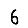
Digit: 6